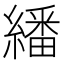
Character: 繙